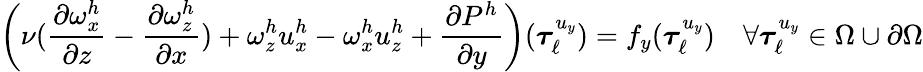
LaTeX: \left(\nu(\frac{\partial\omega_{x}^{h}}{\partial z}-\frac{\partial\omega_{z}^{h}}{\partial x})+\omega_{z}^{h}u_{x}^{h}-\omega_{x}^{h}u_{z}^{h}+\frac{\partial P^{h}}{\partial y}\right)(\boldsymbol{\tau}_{\ell}^{u_{y}})=f_{y}(\boldsymbol{\tau}_{\ell}^{u_{y}})\quad\forall\boldsymbol{\tau}_{\ell}^{u_{y}}\in\Omega\cup\partial\Omega